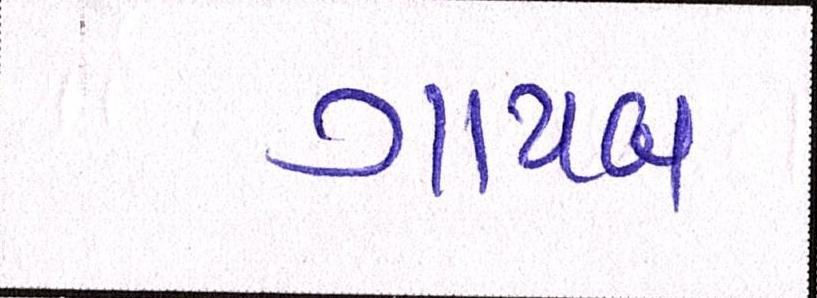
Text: ગાયબ